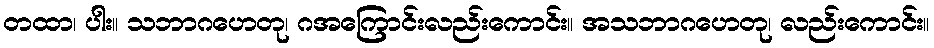
တထာ၊ ပါး။ သဘာဂဟေတု၊ ဂအကြောင်းလည်းကောင်း။ အသဘာဂဟေတု၊ လည်းကောင်း။